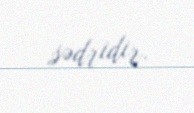
sədridir.